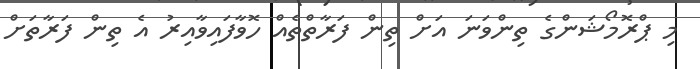
މި ޕްރޮމޯޝަންގެ ތިންވަނަ އަށް ތިން ފަރާތްތެއް ހޮވާފައިވާއިރު އެ ތިން ފަރާތަށް